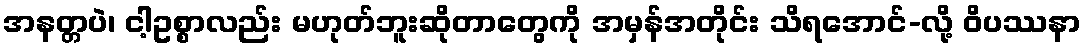
အနတ္တပဲ၊ ငါ့ဥစ္စာလည်း မဟုတ်ဘူးဆိုတာတွေကို အမှန်အတိုင်း သိရအောင်-လို့ ဝိပဿနာ